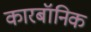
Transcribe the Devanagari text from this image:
कारबॉनिक